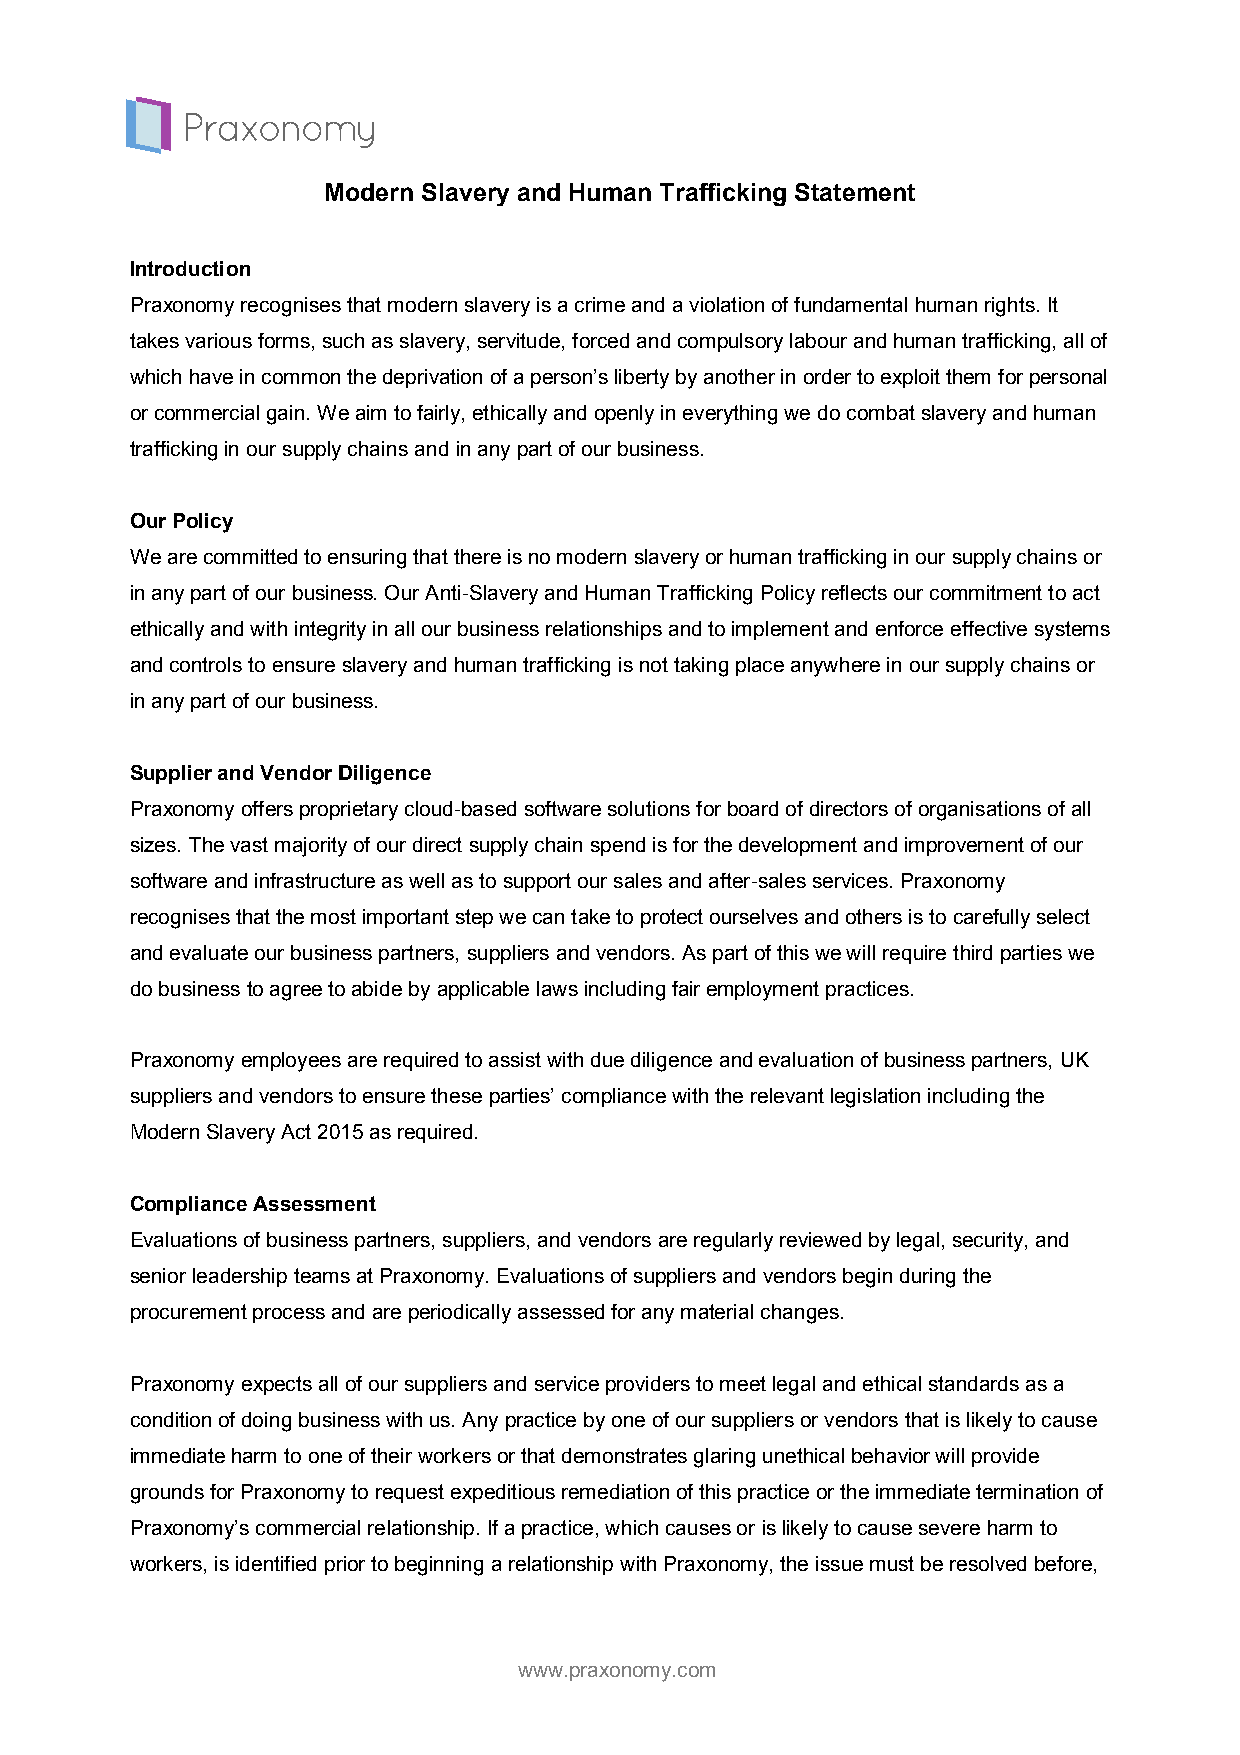
Modern Slavery and Human Trafficking Statement
 Introduction
 Praxonomy recognises that modern slavery is a crime and a violation of fundamental human rights. It
 takes various forms, such as slavery, servitude, forced and compulsory labour and human trafficking, all of
 which have in common the deprivation of a person’s liberty by another in order to exploit them for personal
 or commercial gain. We aim to fairly, ethically and openly in everything we do combat slavery and human
 trafficking in our supply chains and in any part of our business.
 Our Policy
 We are committed to ensuring that there is no modern slavery or human trafficking in our supply chains or
 in any part of our business. Our Anti-Slavery and Human Trafficking Policy reflects our commitment to act
 ethically and with integrity in all our business relationships and to implement and enforce effective systems
 and controls to ensure slavery and human trafficking is not taking place anywhere in our supply chains or
 in any part of our business.
 Supplier and Vendor Diligence
 Praxonomy offers proprietary cloud-based software solutions for board of directors of organisations of all
 sizes. The vast majority of our direct supply chain spend is for the development and improvement of our
 software and infrastructure as well as to support our sales and after-sales services. Praxonomy
 recognises that the most important step we can take to protect ourselves and others is to carefully select
 and evaluate our business partners, suppliers and vendors. As part of this we will require third parties we
 do business to agree to abide by applicable laws including fair employment practices.
 Praxonomy employees are required to assist with due diligence and evaluation of business partners, UK
 suppliers and vendors to ensure these parties’ compliance with the relevant legislation including the
 Modern Slavery Act 2015 as required.
 Compliance Assessment
 Evaluations of business partners, suppliers, and vendors are regularly reviewed by legal, security, and
 senior leadership teams at Praxonomy. Evaluations of suppliers and vendors begin during the
 procurement process and are periodically assessed for any material changes.
 Praxonomy expects all of our suppliers and service providers to meet legal and ethical standards as a
 condition of doing business with us. Any practice by one of our suppliers or vendors that is likely to cause
 immediate harm to one of their workers or that demonstrates glaring unethical behavior will provide
 grounds for Praxonomy to request expeditious remediation of this practice or the immediate termination of
 Praxonomy’s commercial relationship. If a practice, which causes or is likely to cause severe harm to
 workers, is identified prior to beginning a relationship with Praxonomy, the issue must be resolved before,
 www.praxonomy.com